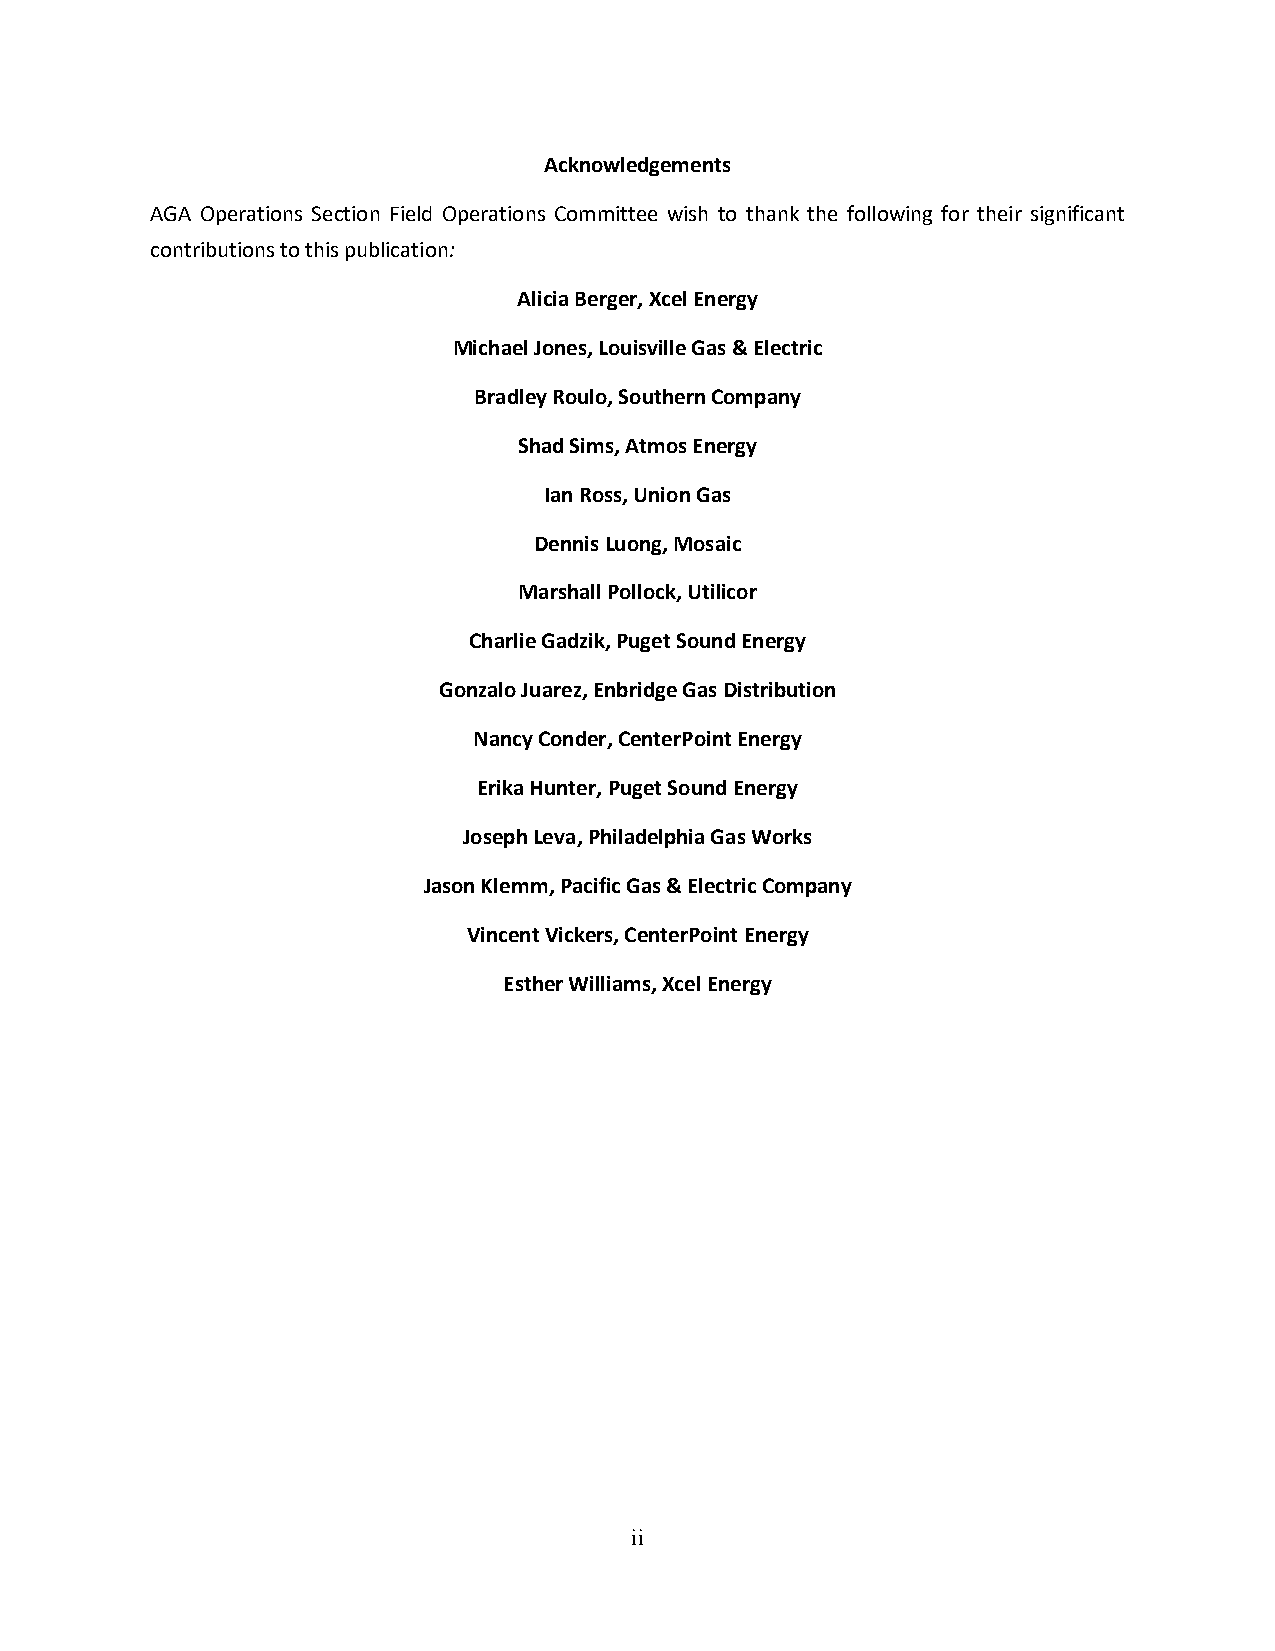
Acknowledgements
 AGA Operations Section Field Operations Committee wish to thank the following for their significant
 contributions to this publication:
 Alicia Berger, Xcel Energy
 Michael Jones, Louisville Gas & Electric
 Bradley Roulo, Southern Company
 Shad Sims, Atmos Energy
 Ian Ross, Union Gas
 Dennis Luong, Mosaic
 Marshall Pollock, Utilicor
 Charlie Gadzik, Puget Sound Energy
 Gonzalo Juarez, Enbridge Gas Distribution
 Nancy Conder, CenterPoint Energy
 Erika Hunter, Puget Sound Energy
 Joseph Leva, Philadelphia Gas Works
 Jason Klemm, Pacific Gas & Electric Company
 Vincent Vickers, CenterPoint Energy
 Esther Williams, Xcel Energy
 ii